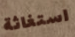
استغاثة